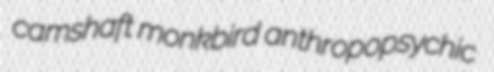
camshaft monkbird anthropopsychic